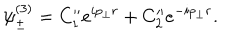
\psi _ { \pm } ^ { ( 3 ) } = C _ { 1 } ^ { \prime \prime } e ^ { i p _ { \bot } r } + C _ { 2 } ^ { \prime \prime } e ^ { - i p _ { \bot } r } .